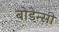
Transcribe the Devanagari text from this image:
बोडेन्सी